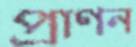
প্রাণন